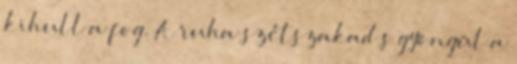
kihull a fog. A ruha szétszakad s gyöngül a